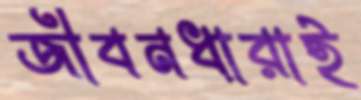
জীবনধারাই